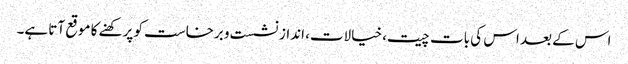
اس کے بعد اس کی بات چیت، خیالات، انداز نشست و برخاست کو پرکھنے کا موقع آتا ہے۔